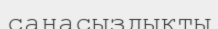
санасыздықты